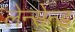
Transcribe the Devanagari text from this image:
लेन्सेन्ड